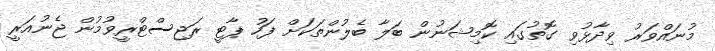
މުނައްވަރު ވިދާޅުވި ގޮތުގައި ކޮމިޝަނުން ބަލާ ބެލުންތަކަށް ފަހު ޕާޓީ ރަޖިސްޓްރީވުމުން ޖެނުއަރީ